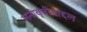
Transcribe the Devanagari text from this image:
मनोवृत्तीबाद्दल